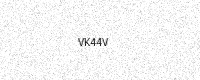
Text: VK44V